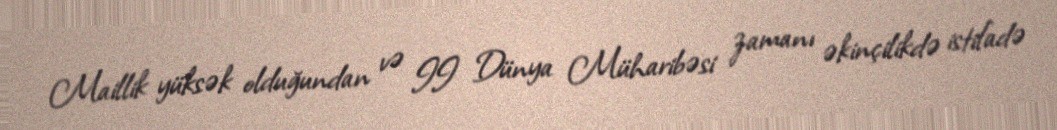
Maillik yüksək olduğundan və II Dünya Müharibəsi zamanı əkinçilikdə istifadə